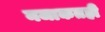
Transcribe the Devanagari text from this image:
नजाकतही